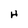
Character: H